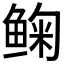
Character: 𱇽